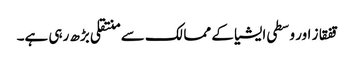
قفقاز اور وسطی ایشیا کے ممالک سے منتقلی بڑھ رہی ہے۔